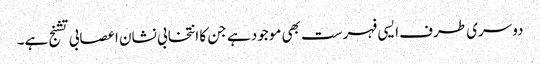
دوسری طرف ایسی فہرست بھی موجود ہے جن کا انتخابی نشان اعصابی تشنج ہے۔